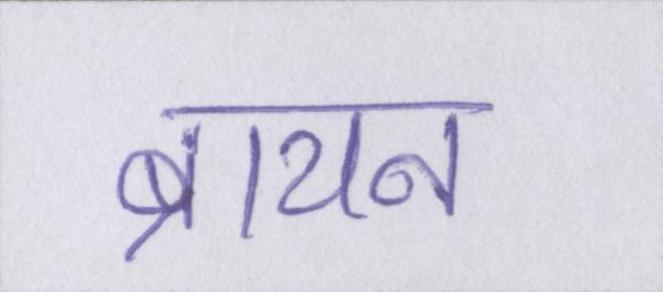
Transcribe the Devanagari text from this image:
ब्रायन